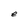
Character: e